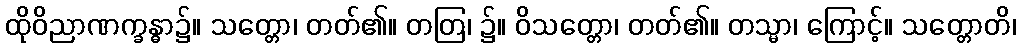
ထိုဝိညာဏက္ခန္ဓာ၌။ သတ္တော၊ တတ်၏။ တတြ၊ ၌။ ဝိသတ္တော၊ တတ်၏။ တသ္မာ၊ ကြောင့်။ သတ္တောတိ၊